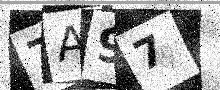
Text: 7A97